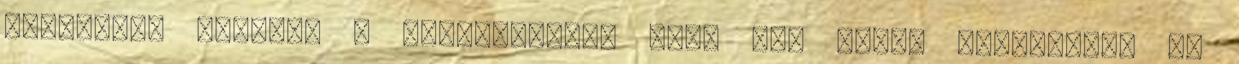
megteszik azokkal a stílusokkal, amik meg nekem tetszenek. De